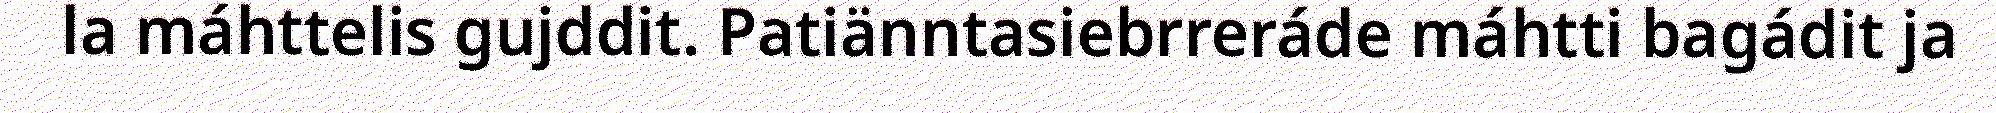
la máhttelis gujddit. Patiänntasiebrreráde máhtti bagádit ja